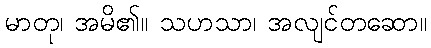
မာတု၊ အမိ၏။ သဟသာ၊ အလျင်တဆော။